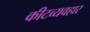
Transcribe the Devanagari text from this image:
कीटव्यवहार